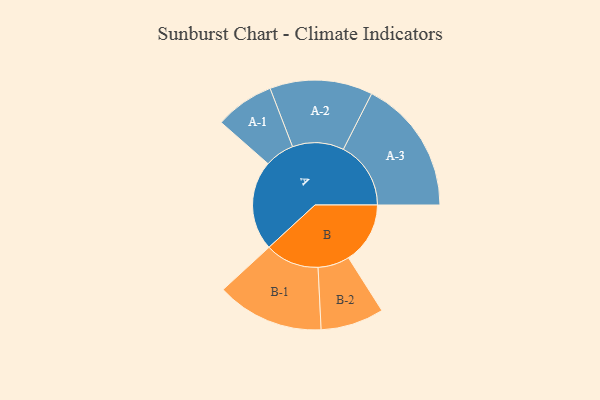
{"axis": {"x": "Segment", "y": "Value"}, "legend": ["", "A", "B"], "data": [{"x": "A", "y": 386, "type": ""}, {"x": "B", "y": 265, "type": ""}, {"x": "A-1", "y": 127, "type": "A"}, {"x": "A-2", "y": 221, "type": "A"}, {"x": "A-3", "y": 290, "type": "A"}, {"x": "B-1", "y": 231, "type": "B"}, {"x": "B-2", "y": 136, "type": "B"}]}